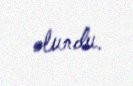
olundu.